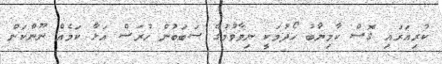
ކުރިއަރައި ގޮސް ކާމިޔާބު ހޯދުމަކީ ނިވާވުމުގެ ސަބަބުން ހުރަސް އަޅާ ކަމެއް ނޫންކަން